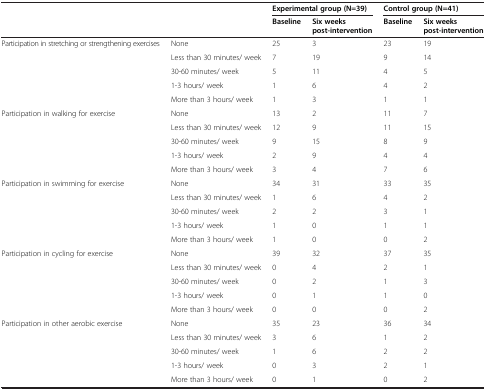
<table><thead><tr><td colspan="2"><b> </b></td><td colspan="2"><b>Experimental group (N=39)</b></td><td colspan="2"><b>Control group (N=41)</b></td></tr><tr><td><b> </b></td><td><b> </b></td><td><b>Baseline</b></td><td><b>Six weeks post-intervention</b></td><td><b>Baseline</b></td><td><b>Six weeks post-intervention</b></td></tr></thead><tbody><tr><td>Participation in stretching or strengthening exercises</td><td>None</td><td>25</td><td>3</td><td>23</td><td>19</td></tr><tr><td> </td><td>Less than 30 minutes/ week</td><td>7</td><td>19</td><td>9</td><td>14</td></tr><tr><td> </td><td>30-60 minutes/ week</td><td>5</td><td>11</td><td>4</td><td>5</td></tr><tr><td> </td><td>1-3 hours/ week</td><td>1</td><td>6</td><td>4</td><td>2</td></tr><tr><td> </td><td>More than 3 hours/ week</td><td>1</td><td>3</td><td>1</td><td>1</td></tr><tr><td>Participation in walking for exercise</td><td>None</td><td>13</td><td>2</td><td>11</td><td>7</td></tr><tr><td> </td><td>Less than 30 minutes/ week</td><td>12</td><td>9</td><td>11</td><td>15</td></tr><tr><td> </td><td>30-60 minutes/ week</td><td>9</td><td>15</td><td>8</td><td>9</td></tr><tr><td> </td><td>1-3 hours/ week</td><td>2</td><td>9</td><td>4</td><td>4</td></tr><tr><td> </td><td>More than 3 hours/ week</td><td>3</td><td>4</td><td>7</td><td>6</td></tr><tr><td>Participation in swimming for exercise</td><td>None</td><td>34</td><td>31</td><td>33</td><td>35</td></tr><tr><td> </td><td>Less than 30 minutes/ week</td><td>1</td><td>6</td><td>4</td><td>2</td></tr><tr><td> </td><td>30-60 minutes/ week</td><td>2</td><td>2</td><td>3</td><td>1</td></tr><tr><td> </td><td>1-3 hours/ week</td><td>1</td><td>0</td><td>1</td><td>1</td></tr><tr><td> </td><td>More than 3 hours/ week</td><td>1</td><td>0</td><td>0</td><td>2</td></tr><tr><td>Participation in cycling for exercise</td><td>None</td><td>39</td><td>32</td><td>37</td><td>35</td></tr><tr><td> </td><td>Less than 30 minutes/ week</td><td>0</td><td>4</td><td>2</td><td>1</td></tr><tr><td> </td><td>30-60 minutes/ week</td><td>0</td><td>2</td><td>1</td><td>3</td></tr><tr><td> </td><td>1-3 hours/ week</td><td>0</td><td>1</td><td>1</td><td>0</td></tr><tr><td> </td><td>More than 3 hours/ week</td><td>0</td><td>0</td><td>0</td><td>2</td></tr><tr><td>Participation in other aerobic exercise</td><td>None</td><td>35</td><td>23</td><td>36</td><td>34</td></tr><tr><td> </td><td>Less than 30 minutes/ week</td><td>3</td><td>6</td><td>1</td><td>2</td></tr><tr><td> </td><td>30-60 minutes/ week</td><td>1</td><td>6</td><td>2</td><td>2</td></tr><tr><td> </td><td>1-3 hours/ week</td><td>0</td><td>3</td><td>2</td><td>1</td></tr><tr><td> </td><td>More than 3 hours/ week</td><td>0</td><td>1</td><td>0</td><td>2</td></tr></tbody></table>